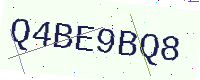
Text: Q4BE9BQ8